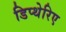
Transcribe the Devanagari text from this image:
डिप्थेरिए